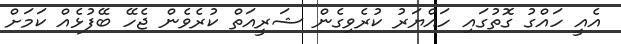
އެއީ ހައްގު ގޮތުގައި ހައްޔަރު ކުރެވިގެން ޝަރީއަތް ކުރެވެން ޖެހޭ ބޭފުޅެއް ކަމަށް